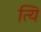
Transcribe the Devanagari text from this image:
त्यि